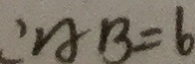
A B = 6